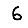
Digit: 6